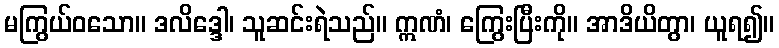
မကြွယ်ဝသော။ ဒလိဒ္ဒေါ၊ သူဆင်းရဲသည်။ ဣဏံ၊ ကြွေးပြီးကို။ အာဒိယိတွာ၊ ယူရ၍။